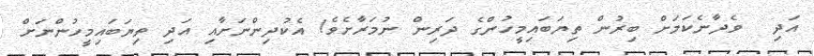
އަދި  ވެދާނެކަމަށް ބިރުން ތިޔަބައިމީހުންގެ ދަރިން ނުމަރާށެވެ! އެކުދިންނަށާއި އަދި ތިޔަބައިމީހުންނަށް